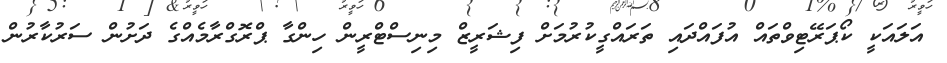
އަލައަކީ ކޯޕަރޭޓިވްތައް އުފައްދައި ތަރައްގީކުރުމަށް ފިޝަރީޒް މިނިސްޓްރީން ހިންގާ ޕްރޮގްރާމެއްގެ ދަށުން ސަރުކާރުން